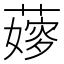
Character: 𦾘